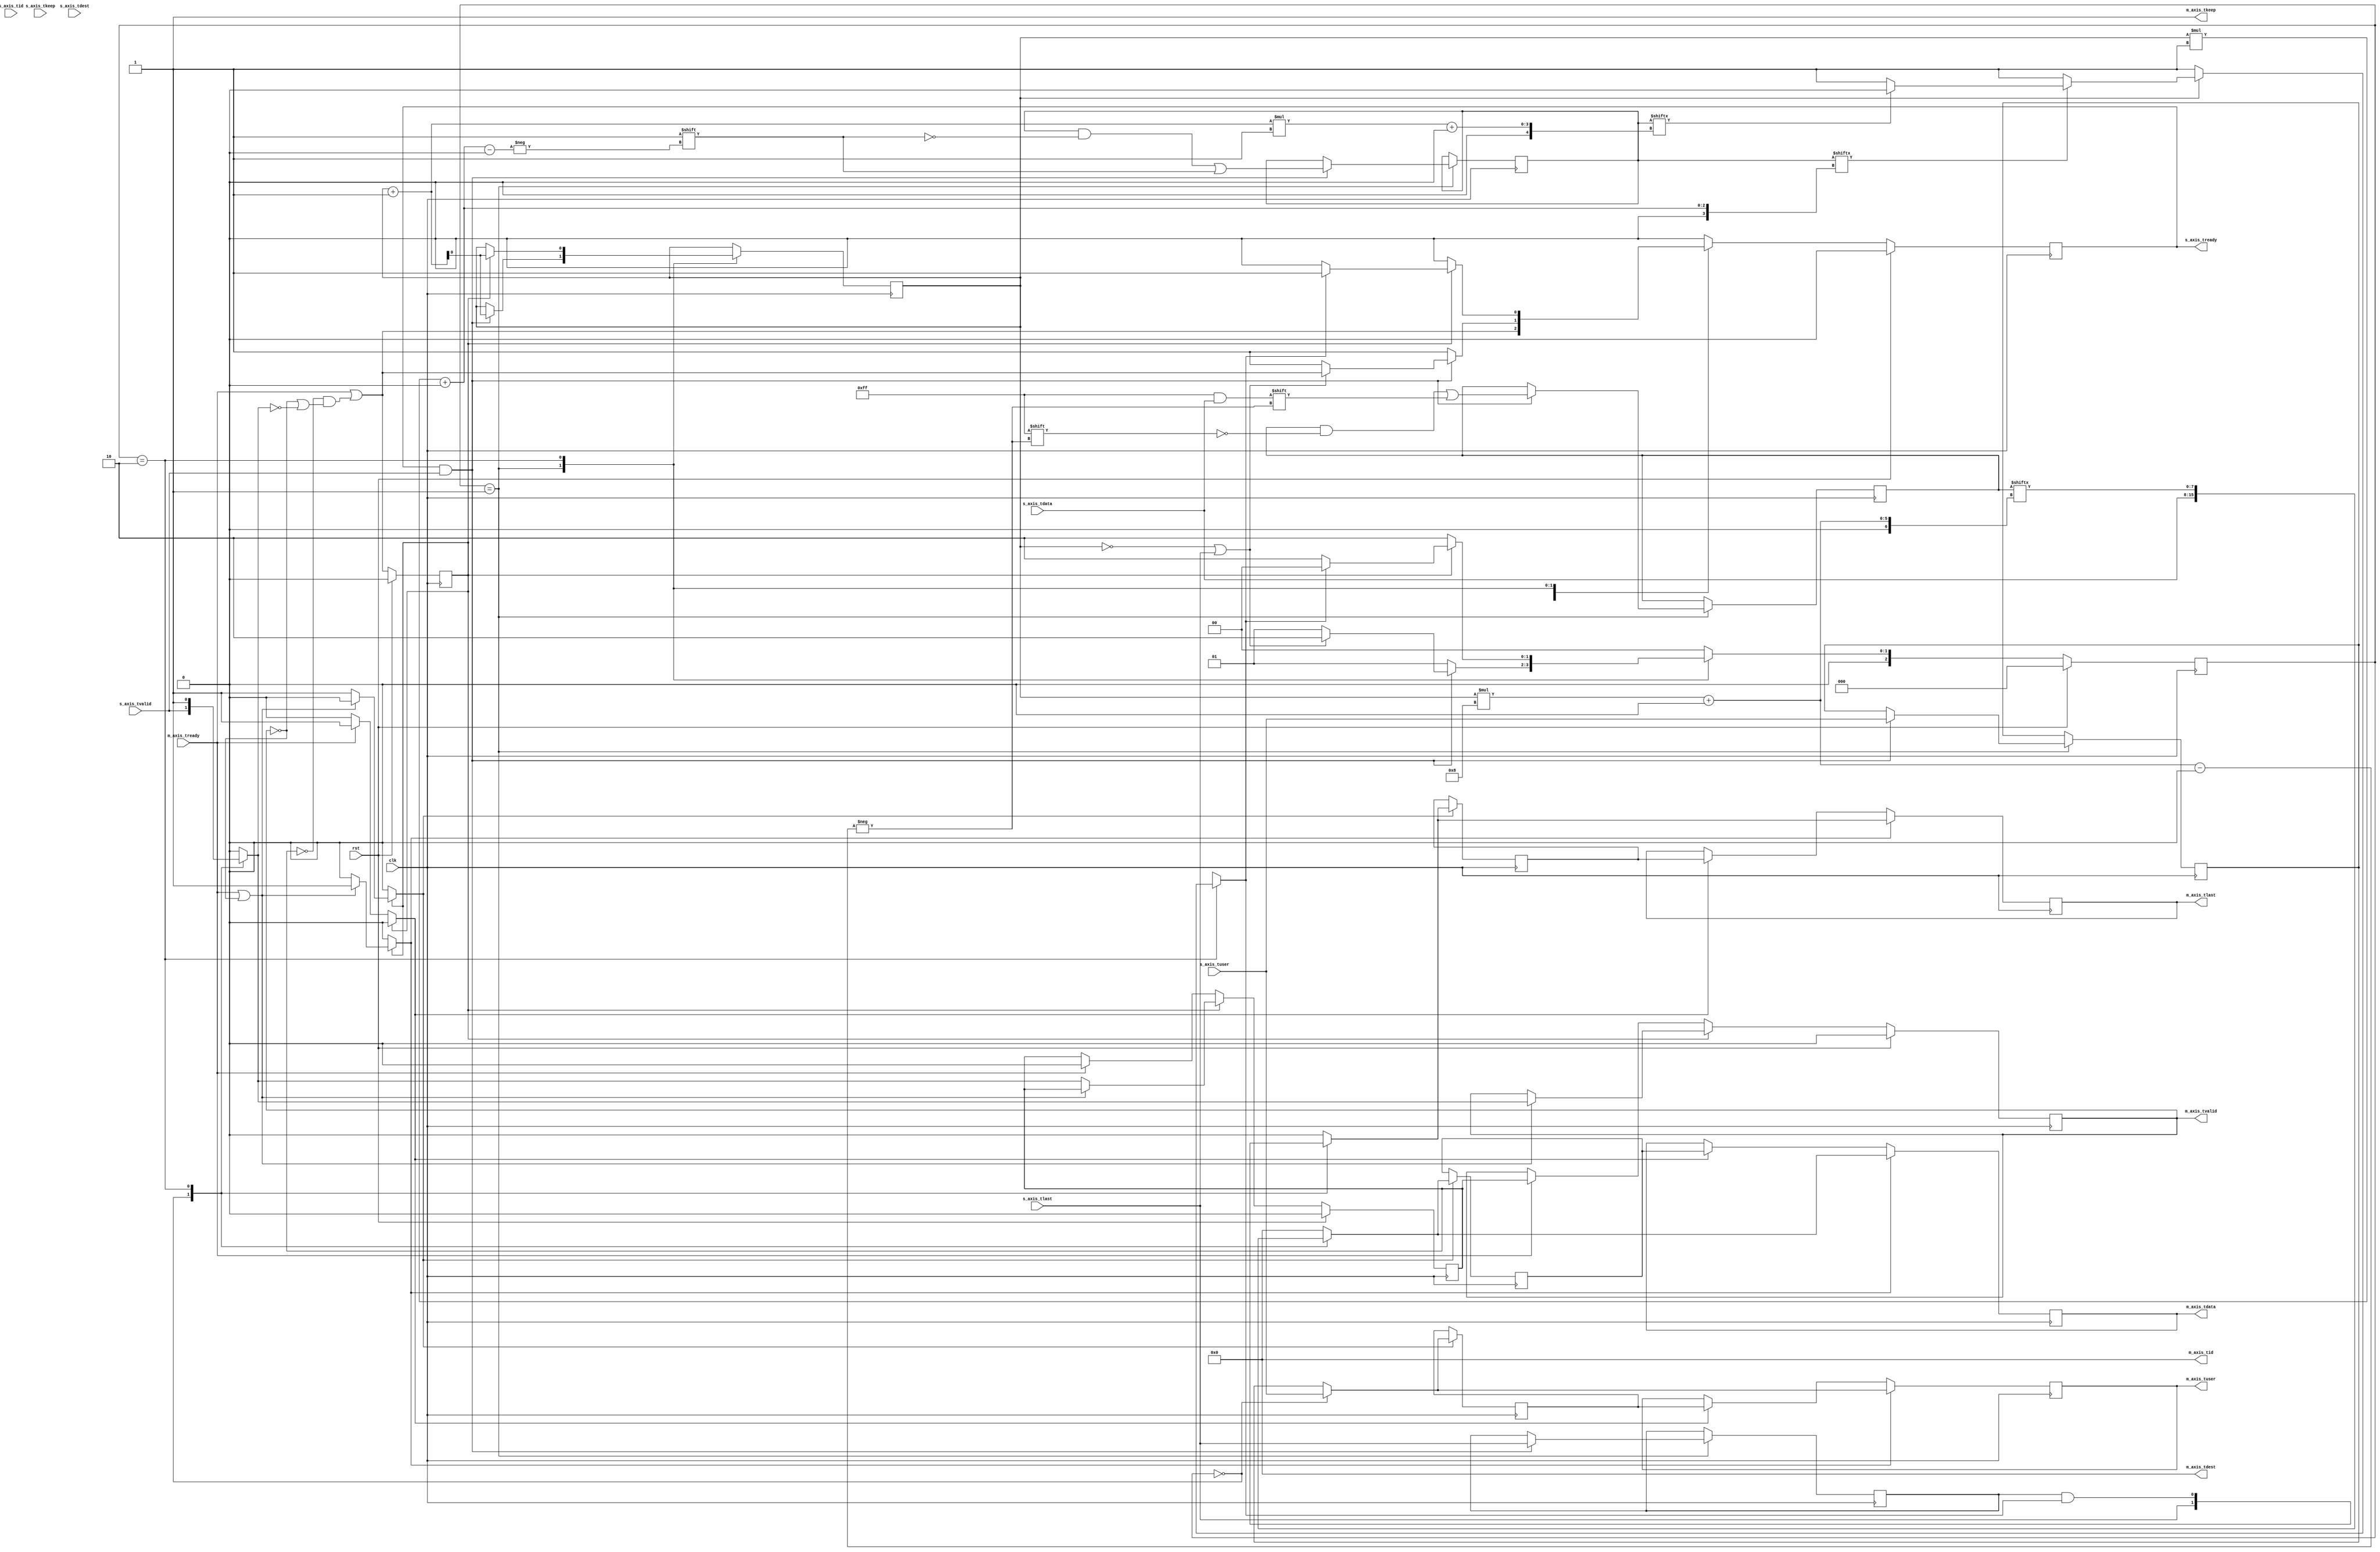
/*

Copyright (c) 2014-2018 Alex Forencich

Permission is hereby granted, free of charge, to any person obtaining a copy
of this software and associated documentation files (the "Software"), to deal
in the Software without restriction, including without limitation the rights
to use, copy, modify, merge, publish, distribute, sublicense, and/or sell
copies of the Software, and to permit persons to whom the Software is
furnished to do so, subject to the following conditions:

The above copyright notice and this permission notice shall be included in
all copies or substantial portions of the Software.

THE SOFTWARE IS PROVIDED "AS IS", WITHOUT WARRANTY OF ANY KIND, EXPRESS OR
IMPLIED, INCLUDING BUT NOT LIMITED TO THE WARRANTIES OF MERCHANTABILITY
FITNESS FOR A PARTICULAR PURPOSE AND NONINFRINGEMENT. IN NO EVENT SHALL THE
AUTHORS OR COPYRIGHT HOLDERS BE LIABLE FOR ANY CLAIM, DAMAGES OR OTHER
LIABILITY, WHETHER IN AN ACTION OF CONTRACT, TORT OR OTHERWISE, ARISING FROM,
OUT OF OR IN CONNECTION WITH THE SOFTWARE OR THE USE OR OTHER DEALINGS IN
THE SOFTWARE.

*/

// Language: Verilog 2001

`timescale 1ns / 1ps

/*
 * AXI4-Stream bus width adapter
 */
module axis_adapter #
(
    // Width of input AXI stream interface in bits
    parameter S_DATA_WIDTH = 8,
    // Propagate tkeep signal on input interface
    // If disabled, tkeep assumed to be 1'b1
    parameter S_KEEP_ENABLE = (S_DATA_WIDTH>8),
    // tkeep signal width (words per cycle) on input interface
    parameter S_KEEP_WIDTH = (S_DATA_WIDTH/8),
    // Width of output AXI stream interface in bits
    parameter M_DATA_WIDTH = 8,
    // Propagate tkeep signal on output interface
    // If disabled, tkeep assumed to be 1'b1
    parameter M_KEEP_ENABLE = (M_DATA_WIDTH>8),
    // tkeep signal width (words per cycle) on output interface
    parameter M_KEEP_WIDTH = (M_DATA_WIDTH/8),
    // Propagate tid signal
    parameter ID_ENABLE = 0,
    // tid signal width
    parameter ID_WIDTH = 8,
    // Propagate tdest signal
    parameter DEST_ENABLE = 0,
    // tdest signal width
    parameter DEST_WIDTH = 8,
    // Propagate tuser signal
    parameter USER_ENABLE = 1,
    // tuser signal width
    parameter USER_WIDTH = 1
)
(
    input  wire                     clk,
    input  wire                     rst,

    /*
     * AXI input
     */
    input  wire [S_DATA_WIDTH-1:0]  s_axis_tdata,
    input  wire [S_KEEP_WIDTH-1:0]  s_axis_tkeep,
    input  wire                     s_axis_tvalid,
    output wire                     s_axis_tready,
    input  wire                     s_axis_tlast,
    input  wire [ID_WIDTH-1:0]      s_axis_tid,
    input  wire [DEST_WIDTH-1:0]    s_axis_tdest,
    input  wire [USER_WIDTH-1:0]    s_axis_tuser,

    /*
     * AXI output
     */
    output wire [M_DATA_WIDTH-1:0]  m_axis_tdata,
    output wire [M_KEEP_WIDTH-1:0]  m_axis_tkeep,
    output wire                     m_axis_tvalid,
    input  wire                     m_axis_tready,
    output wire                     m_axis_tlast,
    output wire [ID_WIDTH-1:0]      m_axis_tid,
    output wire [DEST_WIDTH-1:0]    m_axis_tdest,
    output wire [USER_WIDTH-1:0]    m_axis_tuser
);

// force keep width to 1 when disabled
parameter S_KEEP_WIDTH_INT = S_KEEP_ENABLE ? S_KEEP_WIDTH : 1;
parameter M_KEEP_WIDTH_INT = M_KEEP_ENABLE ? M_KEEP_WIDTH : 1;

// bus word sizes (must be identical)
parameter S_DATA_WORD_SIZE = S_DATA_WIDTH / S_KEEP_WIDTH_INT;
parameter M_DATA_WORD_SIZE = M_DATA_WIDTH / M_KEEP_WIDTH_INT;
// output bus is wider
parameter EXPAND_BUS = M_KEEP_WIDTH_INT > S_KEEP_WIDTH_INT;
// total data and keep widths
parameter DATA_WIDTH = EXPAND_BUS ? M_DATA_WIDTH : S_DATA_WIDTH;
parameter KEEP_WIDTH = EXPAND_BUS ? M_KEEP_WIDTH_INT : S_KEEP_WIDTH_INT;
// required number of segments in wider bus
parameter SEGMENT_COUNT = EXPAND_BUS ? (M_KEEP_WIDTH_INT / S_KEEP_WIDTH_INT) : (S_KEEP_WIDTH_INT / M_KEEP_WIDTH_INT);
parameter SEGMENT_COUNT_WIDTH = SEGMENT_COUNT == 1 ? 1 : $clog2(SEGMENT_COUNT);
// data width and keep width per segment
parameter SEGMENT_DATA_WIDTH = DATA_WIDTH / SEGMENT_COUNT;
parameter SEGMENT_KEEP_WIDTH = KEEP_WIDTH / SEGMENT_COUNT;

// state register
localparam [2:0]
    STATE_IDLE = 3'd0,
    STATE_TRANSFER_IN = 3'd1,
    STATE_TRANSFER_OUT = 3'd2;

reg [2:0] state_reg = STATE_IDLE, state_next;

reg [SEGMENT_COUNT_WIDTH-1:0] segment_count_reg = 0, segment_count_next;

reg last_segment;

reg [DATA_WIDTH-1:0] temp_tdata_reg = {DATA_WIDTH{1'b0}}, temp_tdata_next;
reg [KEEP_WIDTH-1:0] temp_tkeep_reg = {KEEP_WIDTH{1'b0}}, temp_tkeep_next;
reg                  temp_tlast_reg = 1'b0, temp_tlast_next;
reg [ID_WIDTH-1:0]   temp_tid_reg   = {ID_WIDTH{1'b0}}, temp_tid_next;
reg [DEST_WIDTH-1:0] temp_tdest_reg = {DEST_WIDTH{1'b0}}, temp_tdest_next;
reg [USER_WIDTH-1:0] temp_tuser_reg = {USER_WIDTH{1'b0}}, temp_tuser_next;

// internal datapath
reg  [M_DATA_WIDTH-1:0] m_axis_tdata_int;
reg  [M_KEEP_WIDTH-1:0] m_axis_tkeep_int;
reg                     m_axis_tvalid_int;
reg                     m_axis_tready_int_reg = 1'b0;
reg                     m_axis_tlast_int;
reg  [ID_WIDTH-1:0]     m_axis_tid_int;
reg  [DEST_WIDTH-1:0]   m_axis_tdest_int;
reg  [USER_WIDTH-1:0]   m_axis_tuser_int;
wire                    m_axis_tready_int_early;

reg s_axis_tready_reg = 1'b0, s_axis_tready_next;

assign s_axis_tready = s_axis_tready_reg;

always @* begin
    state_next = STATE_IDLE;

    segment_count_next = segment_count_reg;

    last_segment = 0;

    temp_tdata_next = temp_tdata_reg;
    temp_tkeep_next = temp_tkeep_reg;
    temp_tlast_next = temp_tlast_reg;
    temp_tid_next   = temp_tid_reg;
    temp_tdest_next = temp_tdest_reg;
    temp_tuser_next = temp_tuser_reg;

    if (EXPAND_BUS) begin
        m_axis_tdata_int  = temp_tdata_reg;
        m_axis_tkeep_int  = temp_tkeep_reg;
        m_axis_tlast_int  = temp_tlast_reg;
    end else begin
        m_axis_tdata_int  = {M_DATA_WIDTH{1'b0}};
        m_axis_tkeep_int  = {M_KEEP_WIDTH{1'b0}};
        m_axis_tlast_int  = 1'b0;
    end
    m_axis_tvalid_int = 1'b0;
    m_axis_tid_int    = temp_tid_reg;
    m_axis_tdest_int  = temp_tdest_reg;
    m_axis_tuser_int  = temp_tuser_reg;

    s_axis_tready_next = 1'b0;

    case (state_reg)
        STATE_IDLE: begin
            // idle state - no data in registers
            if (SEGMENT_COUNT == 1) begin
                // output and input same width - just act like a register

                // accept data next cycle if output register ready next cycle
                s_axis_tready_next = m_axis_tready_int_early;

                // transfer through
                m_axis_tdata_int  = s_axis_tdata;
                m_axis_tkeep_int  = S_KEEP_ENABLE ? s_axis_tkeep : 1'b1;
                m_axis_tvalid_int = s_axis_tvalid;
                m_axis_tlast_int  = s_axis_tlast;
                m_axis_tid_int    = s_axis_tid;
                m_axis_tdest_int  = s_axis_tdest;
                m_axis_tuser_int  = s_axis_tuser;

                state_next = STATE_IDLE;
            end else if (EXPAND_BUS) begin
                // output bus is wider

                // accept new data
                s_axis_tready_next = 1'b1;

                if (s_axis_tready && s_axis_tvalid) begin
                    // word transfer in - store it in data register

                    // pass complete input word, zero-extended to temp register
                    temp_tdata_next = s_axis_tdata;
                    temp_tkeep_next = S_KEEP_ENABLE ? s_axis_tkeep : 1'b1;
                    temp_tlast_next = s_axis_tlast;
                    temp_tid_next   = s_axis_tid;
                    temp_tdest_next = s_axis_tdest;
                    temp_tuser_next = s_axis_tuser;

                    // first input segment complete
                    segment_count_next = 1;

                    if (s_axis_tlast) begin
                        // got last signal on first segment, so output it
                        s_axis_tready_next = 1'b0;
                        state_next = STATE_TRANSFER_OUT;
                    end else begin
                        // otherwise, transfer in the rest of the words
                        s_axis_tready_next = 1'b1;
                        state_next = STATE_TRANSFER_IN;
                    end
                end else begin
                    state_next = STATE_IDLE;
                end
            end else begin
                // output bus is narrower

                // accept new data
                s_axis_tready_next = 1'b1;

                if (s_axis_tready && s_axis_tvalid) begin
                    // word transfer in - store it in data register
                    segment_count_next = 0;

                    // is this the last segment?
                    if (SEGMENT_COUNT == 1) begin
                        // last segment by counter value
                        last_segment = 1'b1;
                    end else if (S_KEEP_ENABLE && s_axis_tkeep[SEGMENT_KEEP_WIDTH-1:0] != {SEGMENT_KEEP_WIDTH{1'b1}}) begin
                        // last segment by tkeep fall in current segment
                        last_segment = 1'b1;
                    end else if (S_KEEP_ENABLE && s_axis_tkeep[(SEGMENT_KEEP_WIDTH*2)-1:SEGMENT_KEEP_WIDTH] == {SEGMENT_KEEP_WIDTH{1'b0}}) begin
                        // last segment by tkeep fall at end of current segment
                        last_segment = 1'b1;
                    end else begin
                        last_segment = 1'b0;
                    end

                    // pass complete input word, zero-extended to temp register
                    temp_tdata_next = s_axis_tdata;
                    temp_tkeep_next = S_KEEP_ENABLE ? s_axis_tkeep : 1'b1;
                    temp_tlast_next = s_axis_tlast;
                    temp_tid_next   = s_axis_tid;
                    temp_tdest_next = s_axis_tdest;
                    temp_tuser_next = s_axis_tuser;

                    // short-circuit and get first word out the door
                    m_axis_tdata_int  = s_axis_tdata[SEGMENT_DATA_WIDTH-1:0];
                    m_axis_tkeep_int  = s_axis_tkeep[SEGMENT_KEEP_WIDTH-1:0];
                    m_axis_tvalid_int = 1'b1;
                    m_axis_tlast_int  = s_axis_tlast & last_segment;
                    m_axis_tid_int    = s_axis_tid;
                    m_axis_tdest_int  = s_axis_tdest;
                    m_axis_tuser_int  = s_axis_tuser;

                    if (m_axis_tready_int_reg) begin
                        // if output register is ready for first word, then move on to the next one
                        segment_count_next = 1;
                    end

                    if (!last_segment || !m_axis_tready_int_reg) begin
                        // continue outputting words
                        s_axis_tready_next = 1'b0;
                        state_next = STATE_TRANSFER_OUT;
                    end else begin
                        state_next = STATE_IDLE;
                    end
                end else begin
                    state_next = STATE_IDLE;
                end
            end
        end
        STATE_TRANSFER_IN: begin
            // transfer word to temp registers
            // only used when output is wider

            // accept new data
            s_axis_tready_next = 1'b1;

            if (s_axis_tready && s_axis_tvalid) begin
                // word transfer in - store in data register

                temp_tdata_next[segment_count_reg*SEGMENT_DATA_WIDTH +: SEGMENT_DATA_WIDTH] = s_axis_tdata;
                temp_tkeep_next[segment_count_reg*SEGMENT_KEEP_WIDTH +: SEGMENT_KEEP_WIDTH] = S_KEEP_ENABLE ? s_axis_tkeep : 1'b1;
                temp_tlast_next = s_axis_tlast;
                temp_tid_next   = s_axis_tid;
                temp_tdest_next = s_axis_tdest;
                temp_tuser_next = s_axis_tuser;

                segment_count_next = segment_count_reg + 1;

                if ((segment_count_reg == SEGMENT_COUNT-1) || s_axis_tlast) begin
                    // terminated by counter or tlast signal, output complete word
                    // read input word next cycle if output will be ready
                    s_axis_tready_next = m_axis_tready_int_early;
                    state_next = STATE_TRANSFER_OUT;
                end else begin
                    // more words to read
                    s_axis_tready_next = 1'b1;
                    state_next = STATE_TRANSFER_IN;
                end
            end else begin
                state_next = STATE_TRANSFER_IN;
            end
        end
        STATE_TRANSFER_OUT: begin
            // transfer word to output registers

            if (EXPAND_BUS) begin
                // output bus is wider

                // do not accept new data
                s_axis_tready_next = 1'b0;

                // single-cycle output of entire stored word (output wider)
                m_axis_tdata_int  = temp_tdata_reg;
                m_axis_tkeep_int  = temp_tkeep_reg;
                m_axis_tvalid_int = 1'b1;
                m_axis_tlast_int  = temp_tlast_reg;
                m_axis_tid_int    = temp_tid_reg;
                m_axis_tdest_int  = temp_tdest_reg;
                m_axis_tuser_int  = temp_tuser_reg;

                if (m_axis_tready_int_reg) begin
                    // word transfer out

                    if (s_axis_tready && s_axis_tvalid) begin
                        // word transfer in

                        // pass complete input word, zero-extended to temp register
                        temp_tdata_next = s_axis_tdata;
                        temp_tkeep_next = S_KEEP_ENABLE ? s_axis_tkeep : 1'b1;
                        temp_tlast_next = s_axis_tlast;
                        temp_tid_next   = s_axis_tid;
                        temp_tdest_next = s_axis_tdest;
                        temp_tuser_next = s_axis_tuser;

                        // first input segment complete
                        segment_count_next = 1;

                        if (s_axis_tlast) begin
                            // got last signal on first segment, so output it
                            s_axis_tready_next = 1'b0;
                            state_next = STATE_TRANSFER_OUT;
                        end else begin
                            // otherwise, transfer in the rest of the words
                            s_axis_tready_next = 1'b1;
                            state_next = STATE_TRANSFER_IN;
                        end
                    end else begin
                        s_axis_tready_next = 1'b1;
                        state_next = STATE_IDLE;
                    end
                end else begin
                    state_next = STATE_TRANSFER_OUT;
                end
            end else begin
                // output bus is narrower

                // do not accept new data
                s_axis_tready_next = 1'b0;

                // is this the last segment?
                if (segment_count_reg == SEGMENT_COUNT-1) begin
                    // last segment by counter value
                    last_segment = 1'b1;
                end else if (temp_tkeep_reg[segment_count_reg*SEGMENT_KEEP_WIDTH +: SEGMENT_KEEP_WIDTH] != {SEGMENT_KEEP_WIDTH{1'b1}}) begin
                    // last segment by tkeep fall in current segment
                    last_segment = 1'b1;
                end else if (temp_tkeep_reg[(segment_count_reg+1)*SEGMENT_KEEP_WIDTH +: SEGMENT_KEEP_WIDTH] == {SEGMENT_KEEP_WIDTH{1'b0}}) begin
                    // last segment by tkeep fall at end of current segment
                    last_segment = 1'b1;
                end else begin
                    last_segment = 1'b0;
                end

                // output current part of stored word (output narrower)
                m_axis_tdata_int  = temp_tdata_reg[segment_count_reg*SEGMENT_DATA_WIDTH +: SEGMENT_DATA_WIDTH];
                m_axis_tkeep_int  = temp_tkeep_reg[segment_count_reg*SEGMENT_KEEP_WIDTH +: SEGMENT_KEEP_WIDTH];
                m_axis_tvalid_int = 1'b1;
                m_axis_tlast_int  = temp_tlast_reg && last_segment;
                m_axis_tid_int    = temp_tid_reg;
                m_axis_tdest_int  = temp_tdest_reg;
                m_axis_tuser_int  = temp_tuser_reg;

                if (m_axis_tready_int_reg) begin
                    // word transfer out

                    segment_count_next = segment_count_reg + 1;

                    if (last_segment) begin
                        // terminated by counter or tlast signal

                        s_axis_tready_next = 1'b1;
                        state_next = STATE_IDLE;
                    end else begin
                        // more words to write
                        state_next = STATE_TRANSFER_OUT;
                    end
                end else begin
                    state_next = STATE_TRANSFER_OUT;
                end
            end
        end
    endcase
end

always @(posedge clk) begin
    if (rst) begin
        state_reg <= STATE_IDLE;
        s_axis_tready_reg <= 1'b0;
    end else begin
        state_reg <= state_next;

        s_axis_tready_reg <= s_axis_tready_next;
    end

    segment_count_reg <= segment_count_next;

    temp_tdata_reg <= temp_tdata_next;
    temp_tkeep_reg <= temp_tkeep_next;
    temp_tlast_reg <= temp_tlast_next;
    temp_tid_reg   <= temp_tid_next;
    temp_tdest_reg <= temp_tdest_next;
    temp_tuser_reg <= temp_tuser_next;
end

// output datapath logic
reg [M_DATA_WIDTH-1:0] m_axis_tdata_reg  = {M_DATA_WIDTH{1'b0}};
reg [M_KEEP_WIDTH-1:0] m_axis_tkeep_reg  = {M_KEEP_WIDTH{1'b0}};
reg                    m_axis_tvalid_reg = 1'b0, m_axis_tvalid_next;
reg                    m_axis_tlast_reg  = 1'b0;
reg [ID_WIDTH-1:0]     m_axis_tid_reg    = {ID_WIDTH{1'b0}};
reg [DEST_WIDTH-1:0]   m_axis_tdest_reg  = {DEST_WIDTH{1'b0}};
reg [USER_WIDTH-1:0]   m_axis_tuser_reg  = {USER_WIDTH{1'b0}};

reg [M_DATA_WIDTH-1:0] temp_m_axis_tdata_reg  = {M_DATA_WIDTH{1'b0}};
reg [M_KEEP_WIDTH-1:0] temp_m_axis_tkeep_reg  = {M_KEEP_WIDTH{1'b0}};
reg                    temp_m_axis_tvalid_reg = 1'b0, temp_m_axis_tvalid_next;
reg                    temp_m_axis_tlast_reg  = 1'b0;
reg [ID_WIDTH-1:0]     temp_m_axis_tid_reg    = {ID_WIDTH{1'b0}};
reg [DEST_WIDTH-1:0]   temp_m_axis_tdest_reg  = {DEST_WIDTH{1'b0}};
reg [USER_WIDTH-1:0]   temp_m_axis_tuser_reg  = {USER_WIDTH{1'b0}};

// datapath control
reg store_axis_int_to_output;
reg store_axis_int_to_temp;
reg store_axis_temp_to_output;

assign m_axis_tdata  = m_axis_tdata_reg;
assign m_axis_tkeep  = M_KEEP_ENABLE ? m_axis_tkeep_reg : {M_KEEP_WIDTH{1'b1}};
assign m_axis_tvalid = m_axis_tvalid_reg;
assign m_axis_tlast  = m_axis_tlast_reg;
assign m_axis_tid    = ID_ENABLE   ? m_axis_tid_reg   : {ID_WIDTH{1'b0}};
assign m_axis_tdest  = DEST_ENABLE ? m_axis_tdest_reg : {DEST_WIDTH{1'b0}};
assign m_axis_tuser  = USER_ENABLE ? m_axis_tuser_reg : {USER_WIDTH{1'b0}};

// enable ready input next cycle if output is ready or the temp reg will not be filled on the next cycle (output reg empty or no input)
assign m_axis_tready_int_early = m_axis_tready || (!temp_m_axis_tvalid_reg && (!m_axis_tvalid_reg || !m_axis_tvalid_int));

always @* begin
    // transfer sink ready state to source
    m_axis_tvalid_next = m_axis_tvalid_reg;
    temp_m_axis_tvalid_next = temp_m_axis_tvalid_reg;

    store_axis_int_to_output = 1'b0;
    store_axis_int_to_temp = 1'b0;
    store_axis_temp_to_output = 1'b0;

    if (m_axis_tready_int_reg) begin
        // input is ready
        if (m_axis_tready || !m_axis_tvalid_reg) begin
            // output is ready or currently not valid, transfer data to output
            m_axis_tvalid_next = m_axis_tvalid_int;
            store_axis_int_to_output = 1'b1;
        end else begin
            // output is not ready, store input in temp
            temp_m_axis_tvalid_next = m_axis_tvalid_int;
            store_axis_int_to_temp = 1'b1;
        end
    end else if (m_axis_tready) begin
        // input is not ready, but output is ready
        m_axis_tvalid_next = temp_m_axis_tvalid_reg;
        temp_m_axis_tvalid_next = 1'b0;
        store_axis_temp_to_output = 1'b1;
    end
end

always @(posedge clk) begin
    if (rst) begin
        m_axis_tvalid_reg <= 1'b0;
        m_axis_tready_int_reg <= 1'b0;
        temp_m_axis_tvalid_reg <= 1'b0;
    end else begin
        m_axis_tvalid_reg <= m_axis_tvalid_next;
        m_axis_tready_int_reg <= m_axis_tready_int_early;
        temp_m_axis_tvalid_reg <= temp_m_axis_tvalid_next;
    end

    // datapath
    if (store_axis_int_to_output) begin
        m_axis_tdata_reg <= m_axis_tdata_int;
        m_axis_tkeep_reg <= m_axis_tkeep_int;
        m_axis_tlast_reg <= m_axis_tlast_int;
        m_axis_tid_reg   <= m_axis_tid_int;
        m_axis_tdest_reg <= m_axis_tdest_int;
        m_axis_tuser_reg <= m_axis_tuser_int;
    end else if (store_axis_temp_to_output) begin
        m_axis_tdata_reg <= temp_m_axis_tdata_reg;
        m_axis_tkeep_reg <= temp_m_axis_tkeep_reg;
        m_axis_tlast_reg <= temp_m_axis_tlast_reg;
        m_axis_tid_reg   <= temp_m_axis_tid_reg;
        m_axis_tdest_reg <= temp_m_axis_tdest_reg;
        m_axis_tuser_reg <= temp_m_axis_tuser_reg;
    end

    if (store_axis_int_to_temp) begin
        temp_m_axis_tdata_reg <= m_axis_tdata_int;
        temp_m_axis_tkeep_reg <= m_axis_tkeep_int;
        temp_m_axis_tlast_reg <= m_axis_tlast_int;
        temp_m_axis_tid_reg   <= m_axis_tid_int;
        temp_m_axis_tdest_reg <= m_axis_tdest_int;
        temp_m_axis_tuser_reg <= m_axis_tuser_int;
    end
end

endmodule